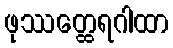
ဖုဿတ္ထေရဂါထာ